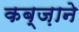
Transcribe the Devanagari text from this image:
कब्ज़ाने